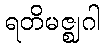
ရတိမဇ္ဈဂါ